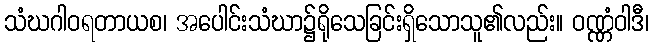
သံဃဂါဝရတာယစ၊ အပေါင်းသံဃာ၌ရိုသေခြင်းရှိသောသူ၏လည်း။ ဝဏ္ဏံဝါဒီ၊